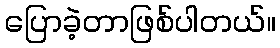
ပြောခဲ့တာဖြစ်ပါတယ်။